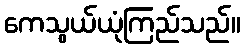
ကေသွယ်ယုံကြည်သည်။